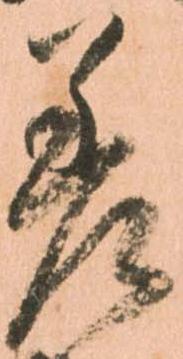
差